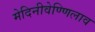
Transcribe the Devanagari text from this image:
मेदिनीवेण्णिलाव